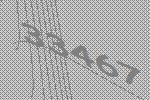
33467